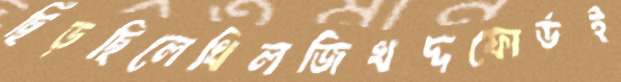
ছিঁড়ছিলেখিলজিখদ্দফোর্ডই